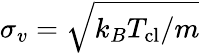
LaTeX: \sigma_{v}=\sqrt{k_{B}T_{\mathrm{{cl}}}/m}